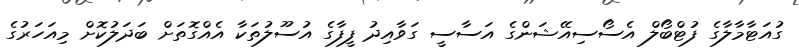
ގުއަޓާމާލާގެ ފުޓްބޯލް އެސޯސިއޭޝަންގެ އަސާސީ ގަވާއިދު ފީފާގެ އުސޫލުތަކާ އެއްގޮތަށް ބަދަލުކޮށް މިއަހަރުގެ